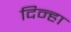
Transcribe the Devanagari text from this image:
दिन्हा